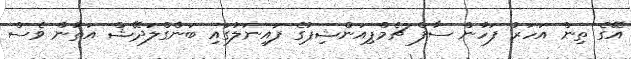
އޭގެ ތިން އަހަރު ފަހުން ސާފް ޗެމްޕިއަންޝިޕުގެ ފައިނަލުގައި ބަންގްލަދޭޝް އަތުން ވެސް